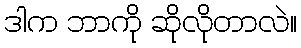
ဒါက ဘာကို ဆိုလိုတာလဲ။